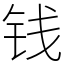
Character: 钱